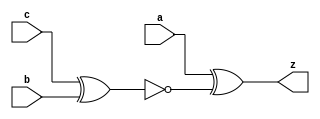
module odd_parity_generator(input a,
                       input b,
                        input c,
                       output z);
wire d;
  xnor xnor1(d,c,b);
  xor xor1(z,a,d);
endmodule